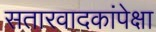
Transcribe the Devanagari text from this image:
सतारवादकांपेक्षा